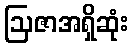
ဩဇာအရှိဆုံး